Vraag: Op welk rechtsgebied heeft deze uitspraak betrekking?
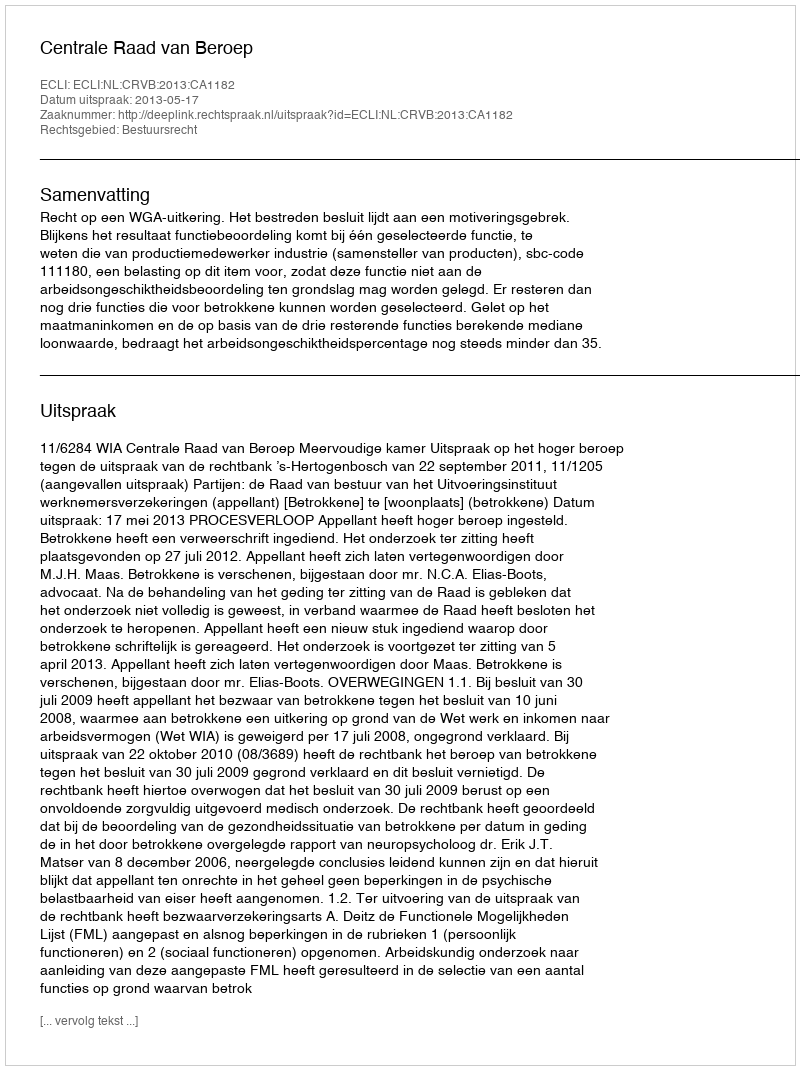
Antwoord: Bestuursrecht